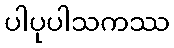
ပါပုပါသကဿ